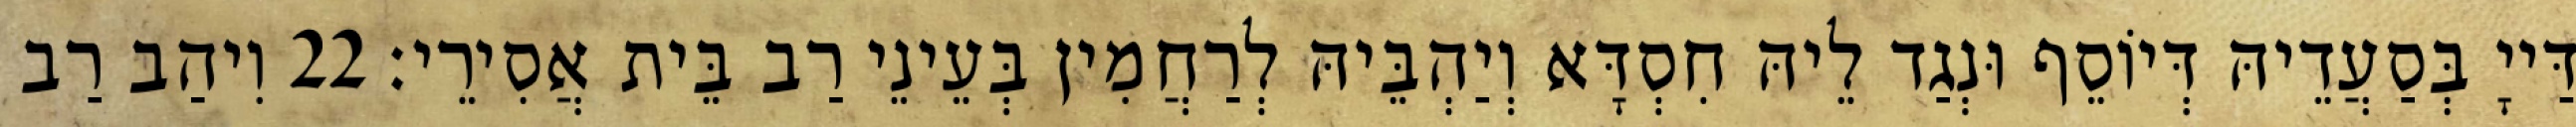
דַּייָ בְּסַעֲדֵיהּ דְּיוֹסֵף וּנְגַד לֵיהּ חִסְדָּא וְיַהְבֵּיהּ לְרַחֲמִין בְּעֵינֵי רַב בֵּית אֲסִירֵי׃ 22 וִיהַב רַב